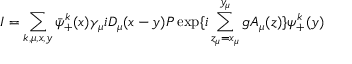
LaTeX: I = \sum _ { k , \mu , x , y } \bar { \psi } _ { + } ^ { k } ( x ) \gamma _ { \mu } i D _ { \mu } ( x - y ) P \exp \{ i \sum _ { z _ { \mu } = x _ { \mu } } ^ { y _ { \mu } } g A _ { \mu } ( z ) \} \psi _ { + } ^ { k } ( y )